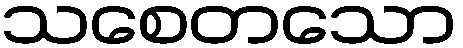
သစေတသော